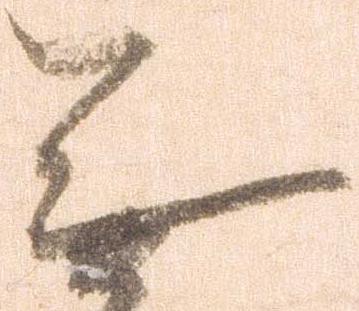
無